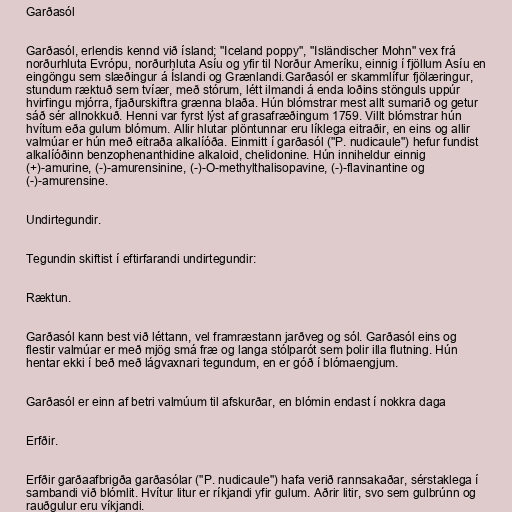
Garðasól

Garðasól, erlendis kennd við ísland; "Iceland poppy", "Isländischer Mohn" vex frá
norðurhluta Evrópu, norðurhluta Asíu og yfir til Norður Ameríku, einnig í fjöllum Asíu en
eingöngu sem slæðingur á Íslandi og Grænlandi.Garðasól er skammlífur fjölæringur,
stundum ræktuð sem tvíær, með stórum, létt ilmandi á enda loðins stönguls uppúr
hvirfingu mjórra, fjaðurskiftra grænna blaða. Hún blómstrar mest allt sumarið og getur
sáð sér allnokkuð. Henni var fyrst lýst af grasafræðingum 1759. Villt blómstrar hún
hvítum eða gulum blómum. Allir hlutar plöntunnar eru líklega eitraðir, en eins og allir
valmúar er hún með eitraða alkalíóða. Einmitt í garðasól ("P. nudicaule") hefur fundist
alkalíóðinn benzophenanthidine alkaloid, chelidonine. Hún inniheldur einnig
(+)-amurine, (-)-amurensinine, (-)-O-methylthalisopavine, (-)-flavinantine og
(-)-amurensine.

Undirtegundir.

Tegundin skiftist í eftirfarandi undirtegundir:

Ræktun.

Garðasól kann best við léttann, vel framræstann jarðveg og sól. Garðasól eins og
flestir valmúar er með mjög smá fræ og langa stólparót sem þolir illa flutning. Hún
hentar ekki í beð með lágvaxnari tegundum, en er góð í blómaengjum.

Garðasól er einn af betri valmúum til afskurðar, en blómin endast í nokkra daga

Erfðir.

Erfðir garðaafbrigða garðasólar ("P. nudicaule") hafa verið rannsakaðar, sérstaklega í
sambandi við blómlit. Hvítur litur er ríkjandi yfir gulum. Aðrir litir, svo sem gulbrúnn og
rauðgulur eru víkjandi.